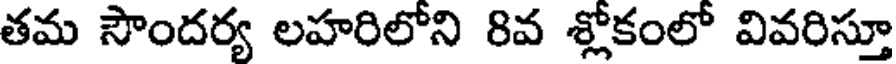
తమ సౌందర్య లహరిలోని 8వ శ్లోకంలో వివరిస్తూ